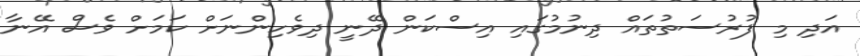
އަދި މި ފުރުސަތުތައް ދިނުމުގައި އިސްކަން ދޭނީ ދިވެހިންނަށް ކަމަށް ވެސް އޭނާ